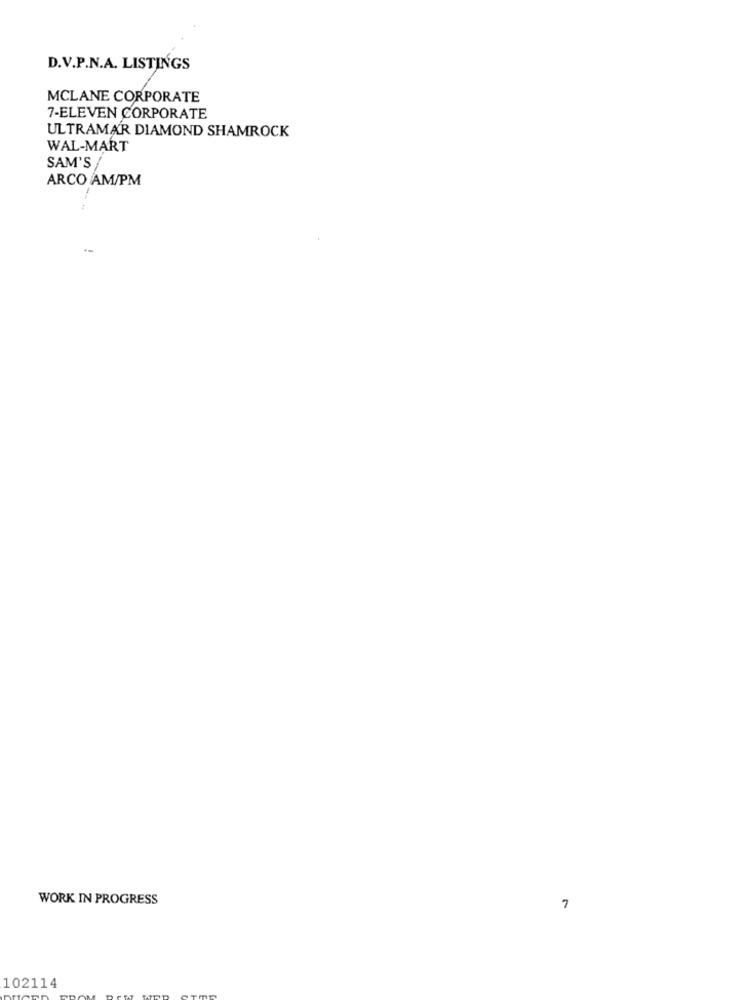
D.V.P.N.A. LISTINGS
MCLANE CORPORATE
7-ELEVEN CORPORATE
ULTRAMAR DIAMOND SHAMROCK
WAL-MART
SAM'S
ARCO AM/PM
WORK IN PROGRESS
7
102114